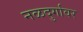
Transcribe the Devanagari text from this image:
नळदुर्गावर